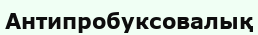
Антипробуксовалық